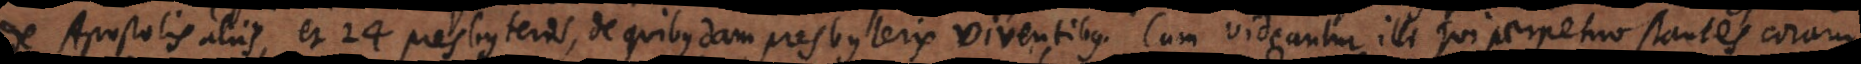
de Apostolis aliis, et 24 presbyteros, de quibusdam presbyteris viventibus. Cum videantur illi qui perpetuo stantes coram